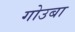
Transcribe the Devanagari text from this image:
गोउबा